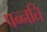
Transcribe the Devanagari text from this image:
पन्नति